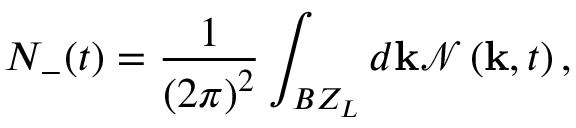
N _ { - } ( t ) = \frac { 1 } { \left( 2 \pi \right) ^ { 2 } } \int _ { B Z _ { L } } d \mathbf { k } \mathcal { N } \left( \mathbf { k } , t \right) ,